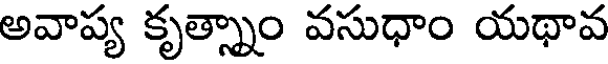
అవాప్య కృత్స్నాం వసుధాం యథావ